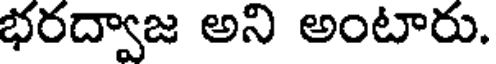
భరద్వాజ అని అంటారు.